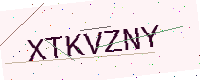
Text: XTKVZNY